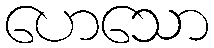
ဟေသော